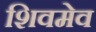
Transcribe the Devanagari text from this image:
शिवमेव